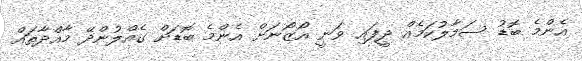
އެންމެ ބޮޑު ސަމާލުކަމެއް ދީފައި ވަނީ އޯޒޯނަށް އެންމެ ބޮޑަށް ގެއްލުންދޭ މާއްދާތައް